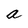
Character: a